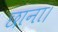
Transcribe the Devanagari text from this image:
छाना।